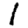
Digit: 1